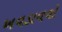
ખવડાવવો